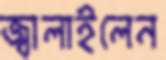
জ্বালাইলেন